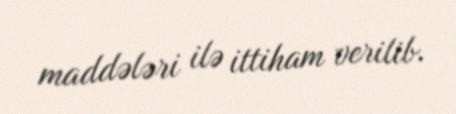
maddələri ilə ittiham verilib.